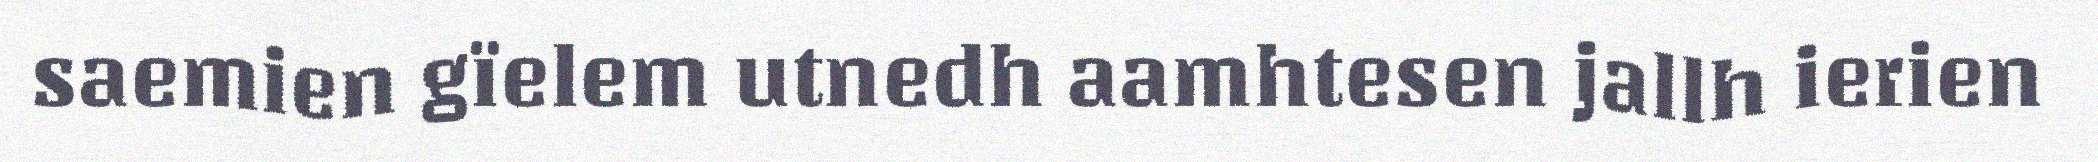
saemien gïelem utnedh aamhtesen jallh ierien